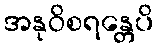
အနုဝိစရန္တေပိ